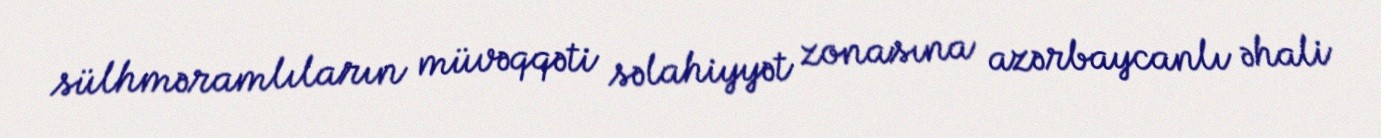
sülhməramlıların müvəqqəti səlahiyyət zonasına azərbaycanlı əhali